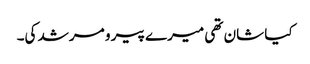
کیا شان تھی میرے پیر و مرشد کی۔